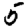
Digit: 5